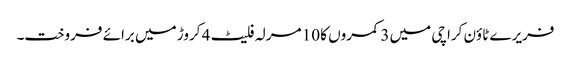
فریرے ٹاؤن کراچی میں 3 کمروں کا 10 مرلہ فلیٹ 4 کروڑ میں برائے فروخت۔